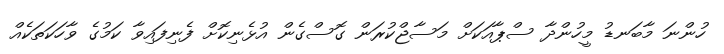
ހުންނަ މާބަނޑު މީހުންދާ ސްޕާއަކަށް މަސާޖްކުރަން ގޮސްގެން އުޅެނިކޮށް ފެނިފައިވާ ކަމުގެ ވާހަކަތަކެއް